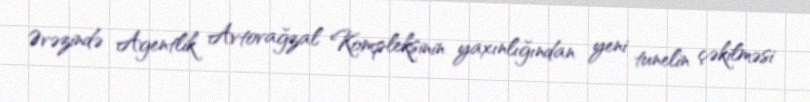
Əvəzində Agentlik Avtovağzal Kompleksinin yaxınlığından yeni tunelin çəkilməsi